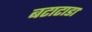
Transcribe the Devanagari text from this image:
बटाटाडा